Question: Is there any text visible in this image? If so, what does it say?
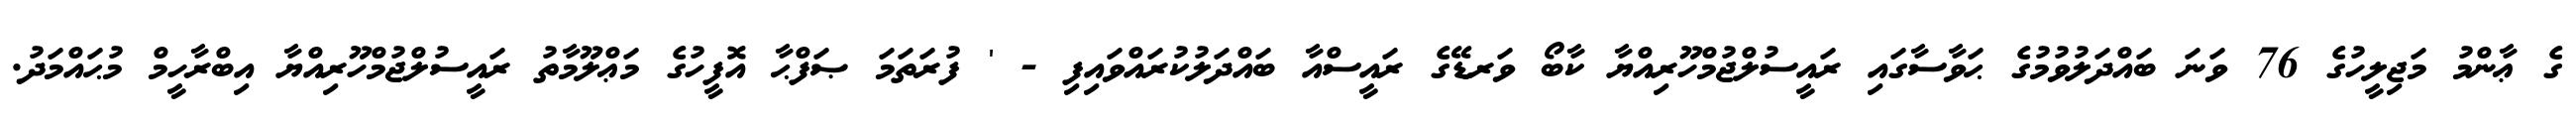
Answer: ގެ ޢާންމު މަޖިލީހުގެ 76 ވަނަ ބައްދަލުވުމުގެ ޙަވާސާގައި ރައީސުލްޖުމްހޫރިއްޔާ ކާބޯ ވަރޑޭގެ ރައީސްއާ ބައްދަލުކުރައްވައިފި - ' ފުރަތަމަ ޞަފްޙާ އޮފީހުގެ މަޢްލޫމާތު ރައީސުލްޖުމްހޫރިއްޔާ އިބްރާހީމް މުޙައްމަދު.